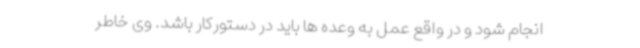
انجام شود و در واقع عمل به وعده ها باید در دستورکار باشد. وی خاطر